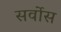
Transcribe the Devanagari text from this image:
सर्वोस